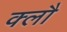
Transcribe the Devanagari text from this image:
क्लौ